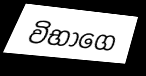
විභාගෙ